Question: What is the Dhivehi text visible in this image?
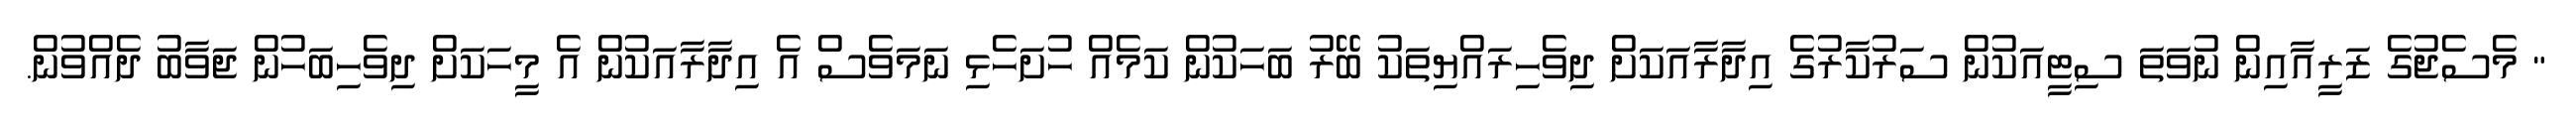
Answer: " މެސެޖުގެ ޒަރީއާއިން ނުވަތަ ސިޓީއަކުން ސަރުކާރުގެ އިދާރާއަކަށް ދިވެހިރައްޔިތަކު ބޭރު ބަހަކުން ކަމެއް ހުށަހެޅި ނަމަވެސް އެ އިދާރާއަކުން އެ މީހަކަށް ދިވެހިބަހުން ޖަވާބު ދެއްވުން.